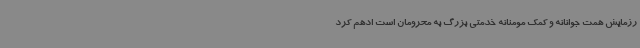
رزمایش همت جوانانه و کمک مومنانه خدمتی بزرگ به محرومان است ادهم کرد